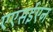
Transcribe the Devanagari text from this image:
एएसईएन